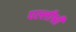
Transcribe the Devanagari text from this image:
पल्लीश्री